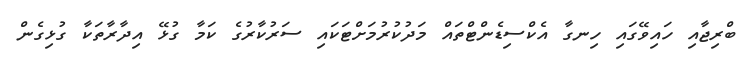
ބްރިޖާއި ހައިވޭގައި ހިނގާ އެކްސިޑެންޓްތައް މަދުކުރުމަށްޓަކައި ސަރުކާރުގެ ކަމާ ގުޅޭ އިދާރާތަކާ ގުޅިގެން